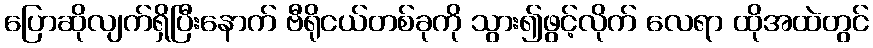
ပြောဆိုလျက်ရှိပြီးနောက် ဗီရိုငယ်တစ်ခုကို သွား၍ဖွင့်လိုက် လေရာ ထိုအထဲတွင်